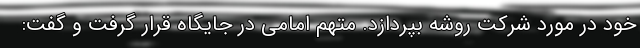
خود در مورد شرکت روشه بپردازد. متهم امامی در جایگاه قرار گرفت و گفت: